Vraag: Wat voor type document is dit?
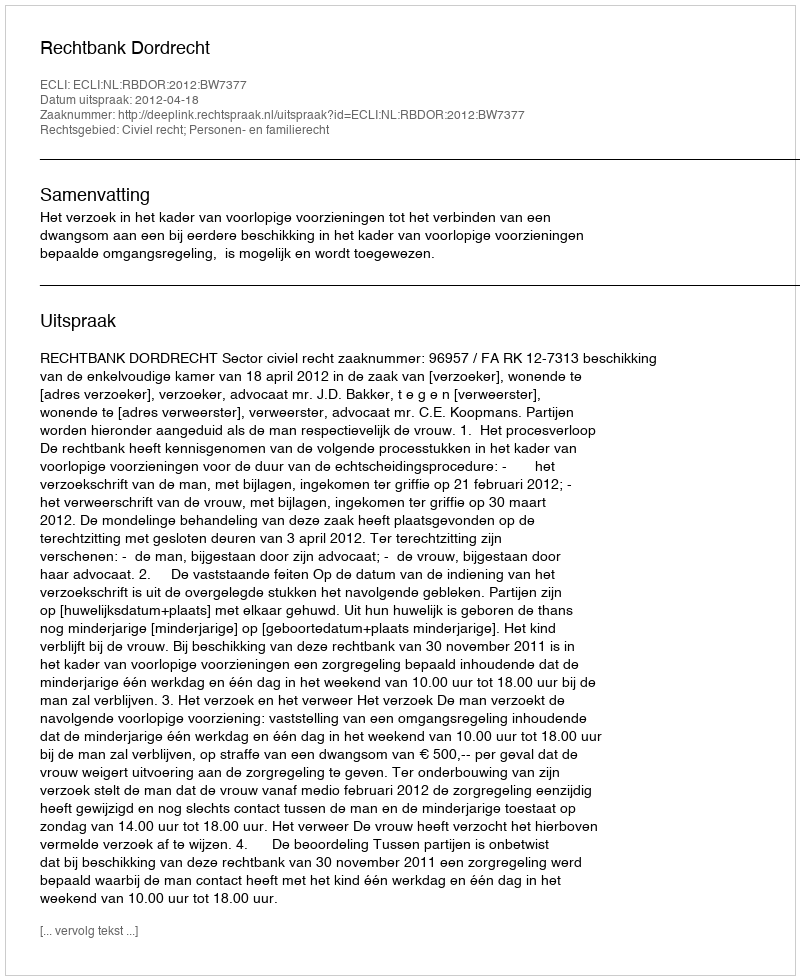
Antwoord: Uitspraak